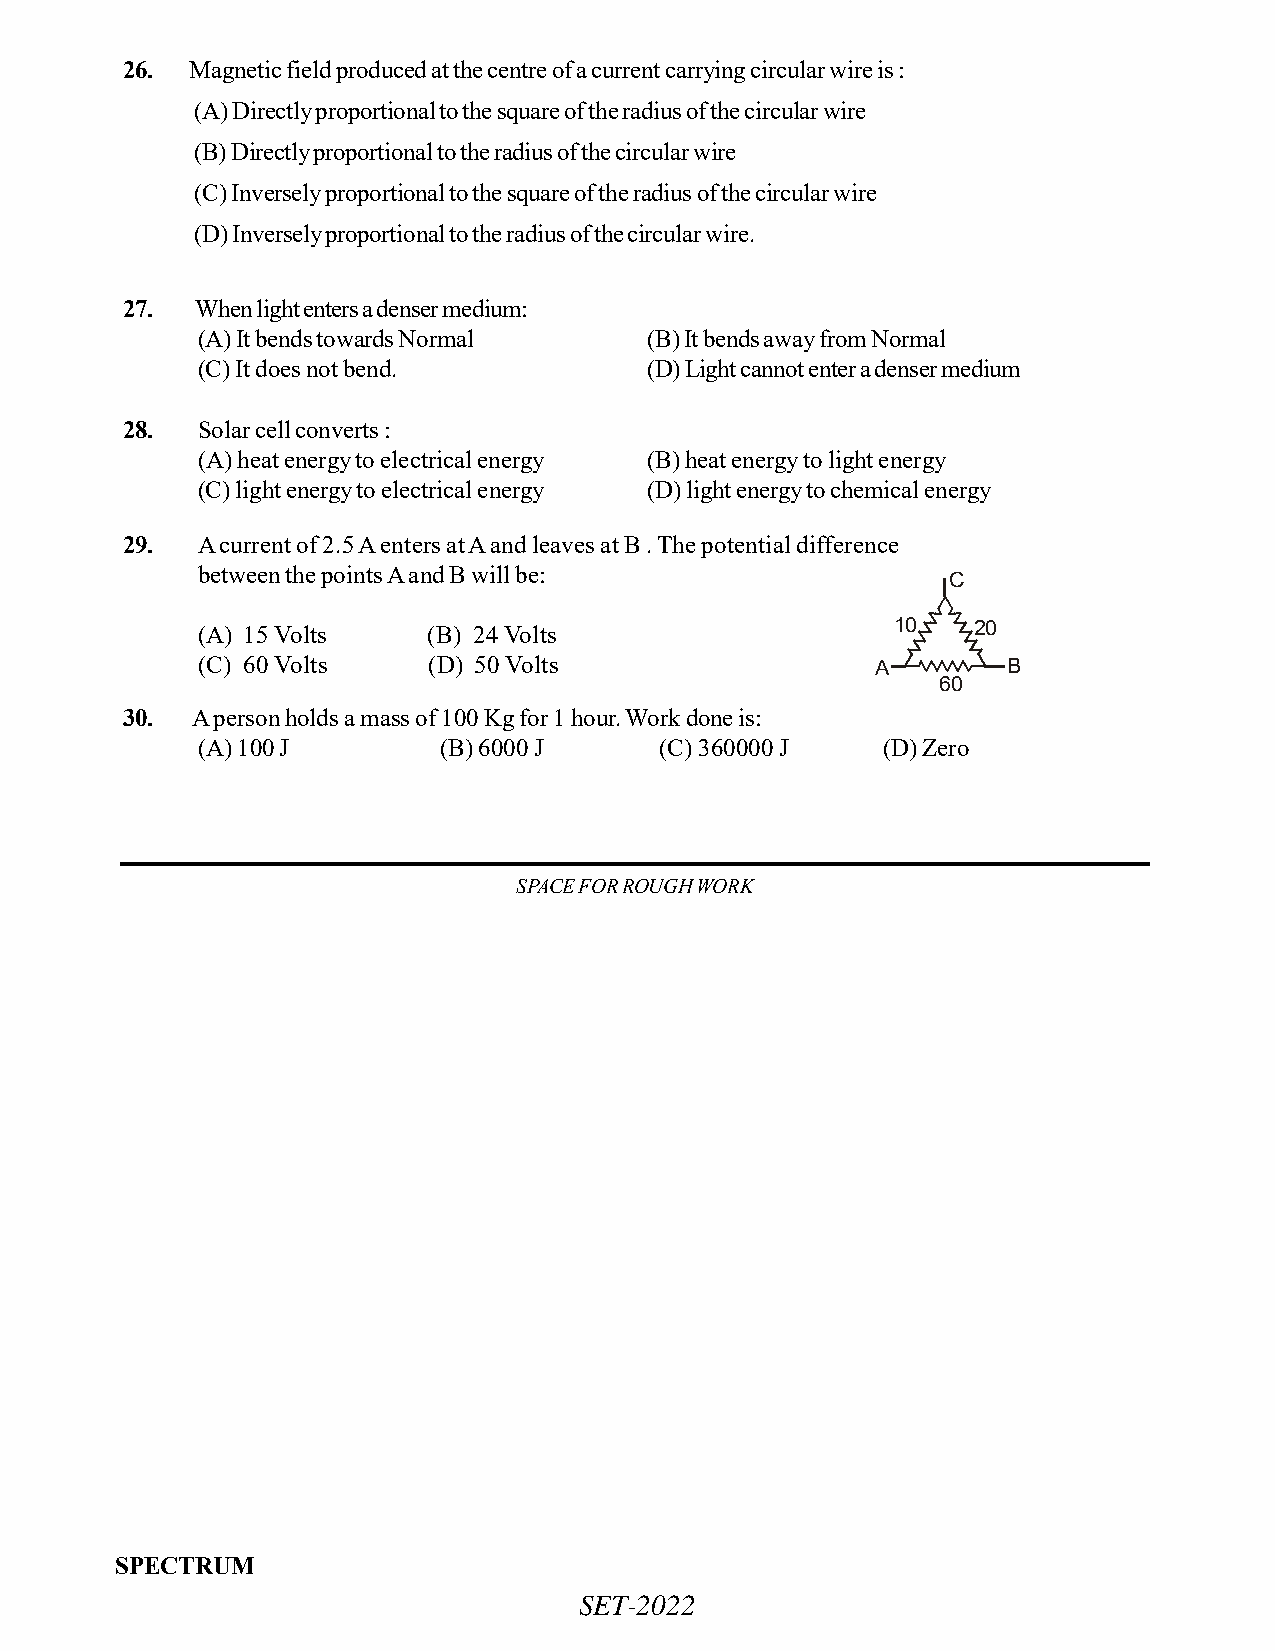
26.  Magnetic field produced at the centre of a current carrying circular wire is :
 (A) Directly proportional to the square of the radius of the circular wire
 (B) Directly proportional to the radius of the circular wire
 (C) Inversely proportional to the square of the radius of the circular wire
 (D) Inversely proportional to the radius of the circular wire.
 27.  When light enters a denser medium:
 (A) It bends towards Normal   (B) It bends away from Normal
 (C) It does not bend.         (D) Light cannot enter a denser medium
 28.  Solar cell converts :
 (A) heat energy to electrical energy (B) heat energy to light energy
 (C) light energy to electrical energy (D) light energy to chemical energy
 29.  A current of 2.5 A enters at A and leaves at B . The potential difference
 between the points A and B will be:
 C
 (A) 15 Volts   (B) 24 Volts                   10   20
 (C) 60 Volts   (D) 50 Volts                  A        B
 60
 30.  A person holds a mass of 100 Kg for 1 hour. Work done is:
 (A) 100 J       (B) 6000 J     (C) 360000 J  (D) Zero
 SPACE FOR ROUGH WORK
 SPECTRUM
 SET-2022